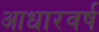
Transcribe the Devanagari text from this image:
आधारवर्ष